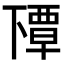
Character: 𬻰